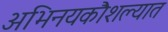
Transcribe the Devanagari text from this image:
अभिनयकौशल्यात